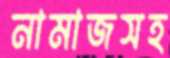
নামাজসহ